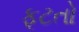
ફૂટતો